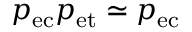
p _ { \mathrm { e c } } p _ { \mathrm { e t } } \simeq p _ { \mathrm { e c } }